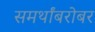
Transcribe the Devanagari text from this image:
समर्थांबरोबर